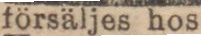
försäljes hos